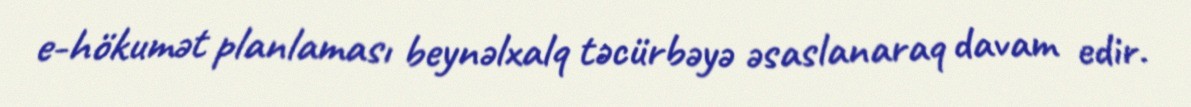
e-hökumət planlaması beynəlxalq təcürbəyə əsaslanaraq davam edir.